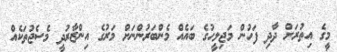
މީގެ އިތުރަށް ދާދި ފަހުން މަޖިލީހުގެ ބައެއް މެންބަރުންނަށް މަރުގެ އިންޒާރުދީ މެސެޖުތަކެއް